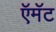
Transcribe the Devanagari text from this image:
ऍमॅट